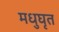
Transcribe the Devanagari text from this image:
मधुघृत